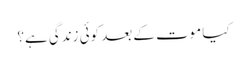
کیا موت کے بعد کوئی زندگی ہے؟